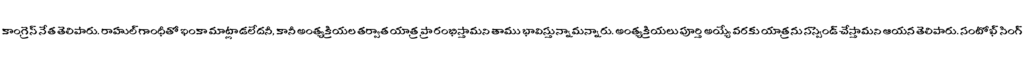
కాంగ్రెస్ నేత తెలిపారు. రాహుల్ గాంధీతో ఇంకా మాట్లాడలేదనీ, కానీ అంత్యక్రియల తర్వాత యాత్ర ప్రారంభిస్తామని తాము భావిస్తున్నామన్నారు. అంత్యక్రియలు పూర్తి అయ్యే వరకు యాత్రను సస్పెండ్ చేస్తామని ఆయన తెలిపారు. సంటోఖ్ సింగ్